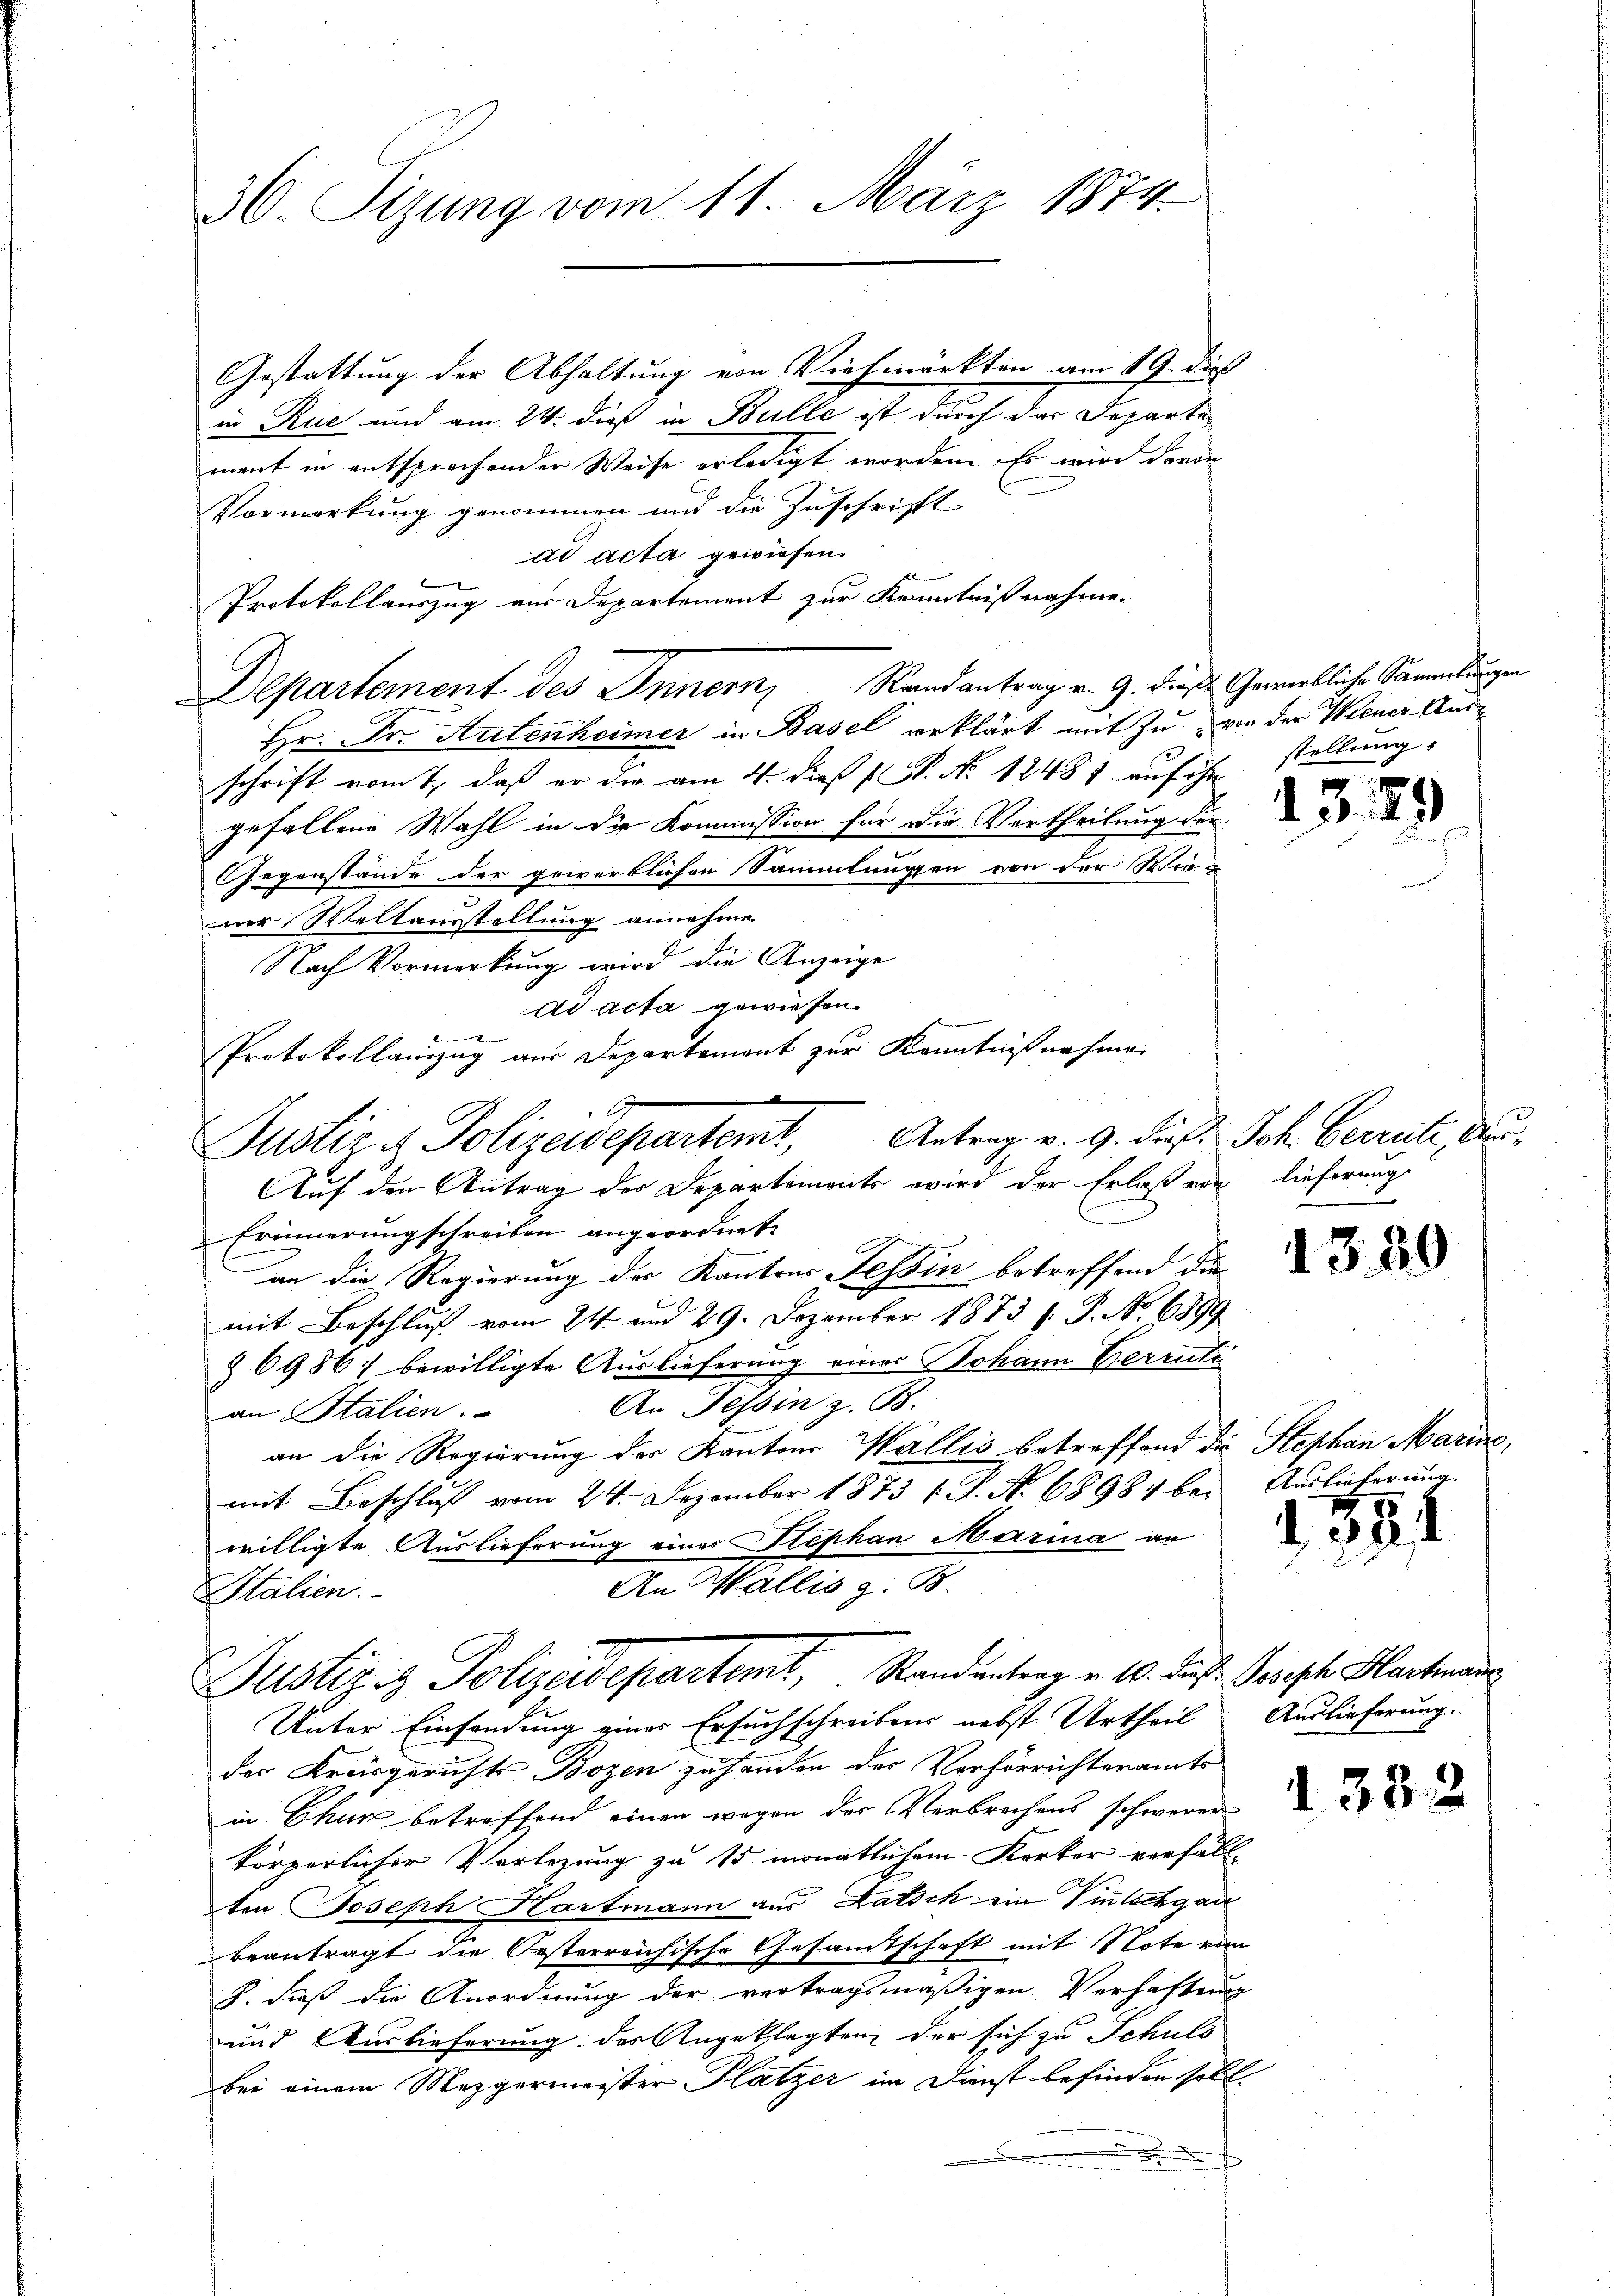
36. Sizung vom 11. März 1874.

Gestattung der Abhaltung von Viehmärkten am 19. dieß
in Rue und am 24. dieß in Bulle ist durch dar Departement in entsprechender Weise erledigt worden. Es wird davon
Vormerkung genommen und die Zuschrifft
ad acta gewiesen.
Protokollauszug aus Departement zur Kenntniß nahmen
Departement des Innern, Randantrag v. 9. Dies Gewirkliche Sammlungen
Hr. Dr. Artenheimer in Basel erklärt mit zu von der Wiener Ausschrift vom 1. daß er die am 4. daß P. No 12481. auf ihn
gefallene Wahl in die Kommission für die Vertheilung der
Gegenstände der gewerblichen Sammlungen von der Wie-
ner Weltausstellung annehmen
Nach Vormerkung wird die Anzeige
ad acta gewiesen.
Protokollauszug aus Departement zur Kenntnißnahme.
Justiz & Polizeidepartemt, Antrag v. 9. dieß Joh. Beerute, Au¬
Auf den Antrag des Departements wird der Erlaß von lieferung
Erinnerungschreiben angeordnet.
an die Regierung der Kantons Tessin betreffend die
mit Beschluß vom 24. und 29. Dezember 1873 f. P. No 6899
§ 6986; bewilligte Auslieferung eines Johann Berrute
An Tessin z. B.
an Stalien.
an die Regierung der Kantons Wallis betreffend die Stephan Marina,
mit Beschluß vom 24. Dezember 1873 f. 4. No. 68984 bei
willigte Auslieferung einer Stephan Marina an
An Wallis z. B.
Italien.

Justiz & Polizadepartemt, Standentrag v. 10. die Joseph Hartmann

stellung:

Unter Einsendung eines Ersuchschreibens nebst Urtheil Auslieferung.
der Kreisgerichts Bozen zu handen des Verhörrichteramts
in Chur betreffend einen wegen der Verbrechens schwerer
körperlicher Verlegung zu 15 monatlichem Kerker verfäll
ten Joseph Hartmann aus Latsch ein Vintschgan
beantragt die Oesterreichische Gesamtschaft mit Note vom
h. dieß die Anordnung der vertragsmäßigen Verhaftung
und Auslieferung des Angeklagten der sich zu Schuls
bei einem Mezgermeister Platzer im Dienst befinden soll.

13. 29

1330

Auslieferung.
384

1332